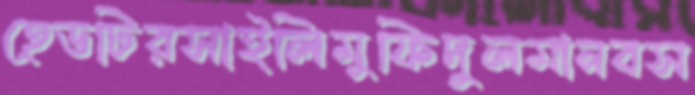
হেডটিরসাইলিমুফিদুলমানবস